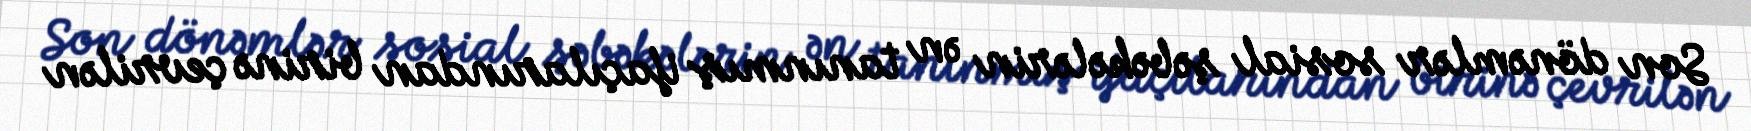
Son dönəmlər sosial şəbəkələrin ən tanınmış ifaçılarından birinə çevrilən